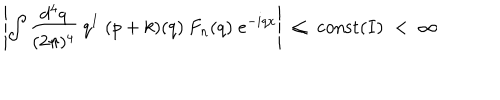
\left| \int \frac { d ^ { 4 } q } { ( 2 \pi ) ^ { 4 } } \: q ^ { I } \; ( p + k ) ( q ) \: F _ { n } ( q ) \; e ^ { - i q x } \right| \; \leq \; { \mathrm { c o n s t } } ( I ) \; < \; \infty